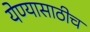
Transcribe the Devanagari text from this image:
येण्यासाठीच